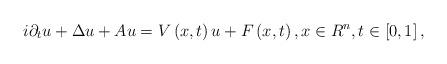
LaTeX: \begin{align*}i\partial _{t}u+\Delta u+Au=V\left( x,t\right) u+F\left( x,t\right) ,x\in R^{n},t\in \left[ 0,1\right] , \end{align*}